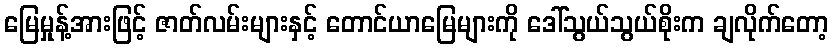
မြေမှုန့်အားဖြင့် ဇာတ်လမ်းများနှင့် တောင်ယာမြေများကို ဒေါ်သွယ်သွယ်စိုးက ချလိုက်တော့